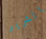
الشرير